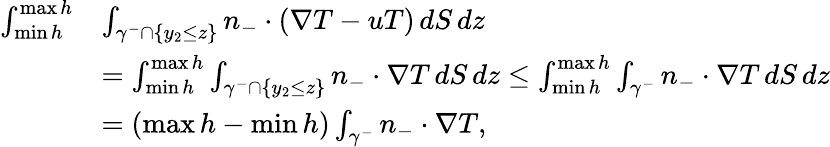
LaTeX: \begin{array}{rl}{\int_{\operatorname*{min}h}^{\operatorname*{max}h}}&{\int_{\gamma^{-}\cap\{ y_{2}\leq z\} }n_{-}\cdot(\nabla T-uT)\, dS\, dz}\\ &{=\int_{\operatorname*{min}h}^{\operatorname*{max}h}\int_{\gamma^{-}\cap\{ y_{2}\leq z\} }n_{-}\cdot\nabla T\, dS\, dz\leq\int_{\operatorname*{min}h}^{\operatorname*{max}h}\int_{\gamma^{-}}n_{-}\cdot\nabla T\, dS\, dz}\\ &{=(\operatorname*{max}h-\operatorname*{min}h)\int_{\gamma^{-}}n_{-}\cdot\nabla T,}\end{array}